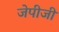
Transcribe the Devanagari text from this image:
जेपीजी